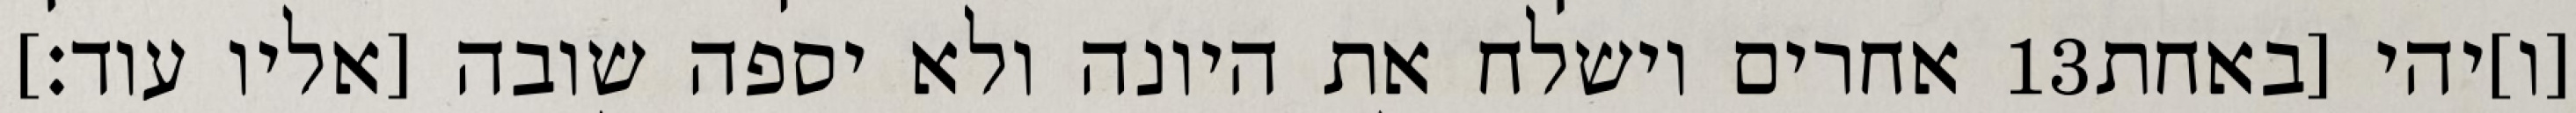
אחרים וישלח את היונה ולא יספה שובה [אליו עוד׃] ‎13‏ [ו]יהי [באחת